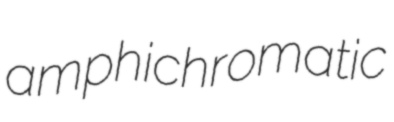
amphichromatic